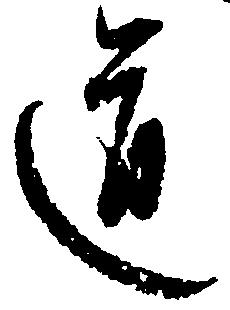
道